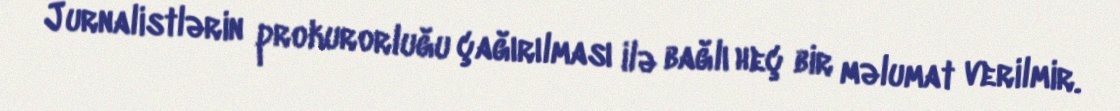
Jurnalistlərin prokurorluğu çağırılması ilə bağlı heç bir məlumat verilmir.